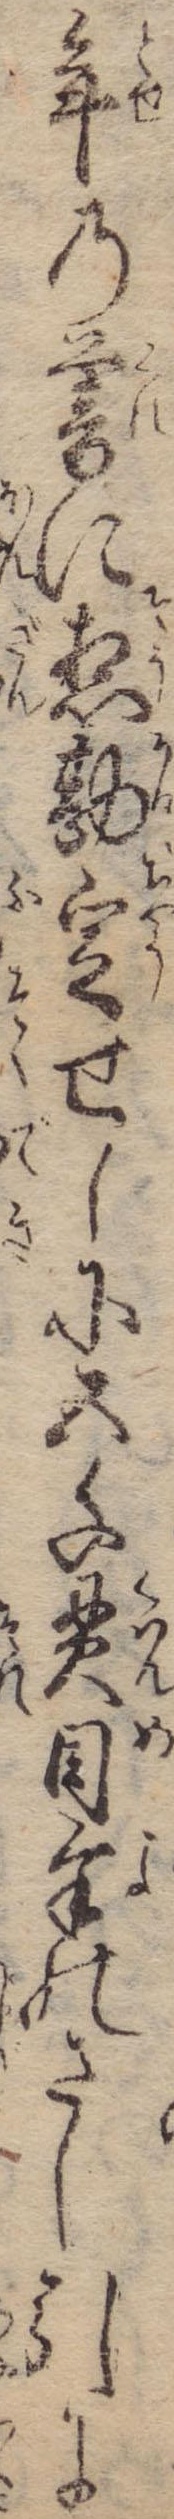
年の暮に惣勘定せしに五千貫目余のさし引に